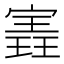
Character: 𫳽